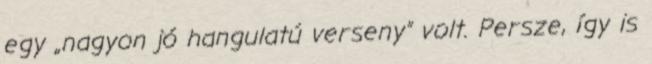
egy „nagyon jó hangulatú verseny” volt. Persze, így is